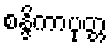
စန္ဒိကာပုတ္တ